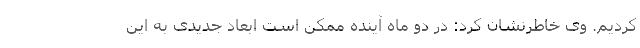
کردیم. وی خاطرنشان کرد: در دو ماه آینده ممکن است ابعاد جدیدی به این